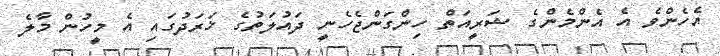
އެހެންވެ އެ އެންމެންގެ ޝަރީއަތް ހިންގަންޖެހެނީ ދައުލަތުގެ ޚަރަދުގައި އެ މީހުން މާލެ